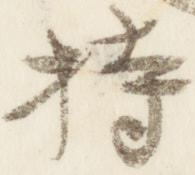
持